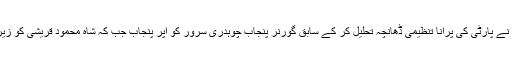
واضح رہے کہ تحریک انصاف نے پارٹی کی پرانا تنظیمی ڈھانچہ تحلیل کر کے سابق گورنر پنجاب چوہدری سرور کو اپر پنجاب جب کہ شاہ محمود قریشی کو زیریں پنجاب کا آرگنائزر بنایا تھا۔